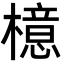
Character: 檍